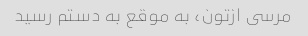
مرسى ازتون، به موقع به دستم رسید